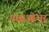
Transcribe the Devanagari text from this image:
पासओभर